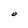
Character: O